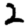
Digit: 2